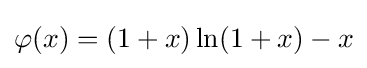
\varphi (x)=(1+x)\ln(1+x)-x